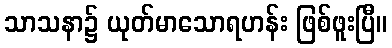
သာသနာ၌ ယုတ်မာသောရဟန်း ဖြစ်ဖူးပြီ။